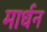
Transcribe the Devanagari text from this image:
मार्धन